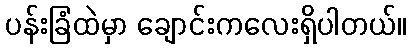
ပန်းခြံထဲမှာ ချောင်းကလေးရှိပါတယ်။